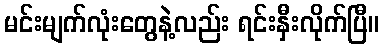
မင်းမျက်လုံးတွေနဲ့လည်း ရင်းနှီးလိုက်ပြီ။